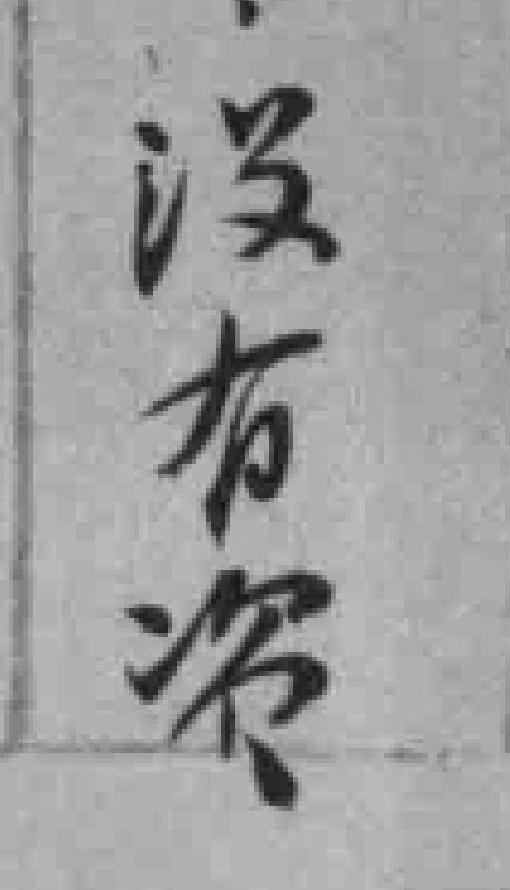
没有资